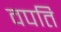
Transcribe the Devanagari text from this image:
वपति